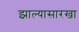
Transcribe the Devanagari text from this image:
झाल्यासारखा